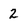
Character: 2